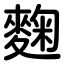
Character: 麴